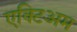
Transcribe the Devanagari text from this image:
एक्टिअम